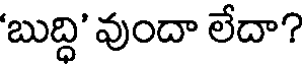
'బుద్ది' వుందా లేదా?